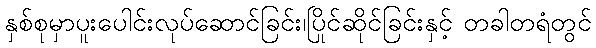
နှစ်စုမှာပူးပေါင်းလုပ်ဆောင်ခြင်း၊ပြိုင်ဆိုင်ခြင်းနှင့် တခါတရံတွင်